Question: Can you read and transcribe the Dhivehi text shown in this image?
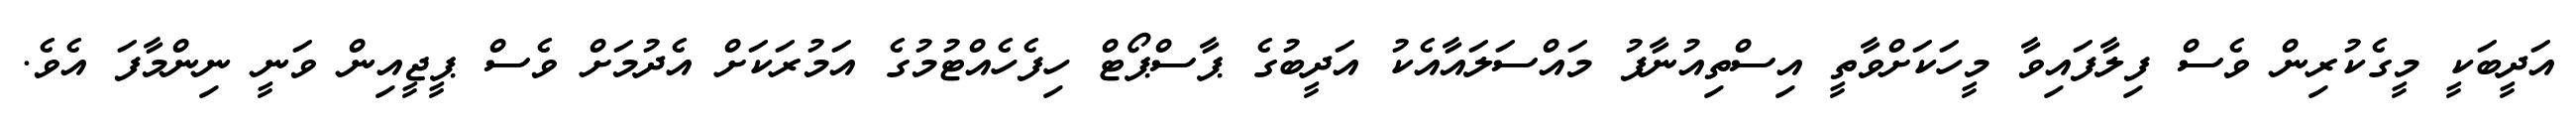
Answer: އަދީބަކީ މީގެކުރިން ވެސް ފިލާފައިވާ މީހަކަށްވާތީ އިސްތިއުނާފު މައްސަލައާއެކު އަދީބުގެ ޕާސްޕޯޓް ހިފެހެއްޓުމުގެ އަމުރަކަށް އެދުމަށް ވެސް ޕީޖީއިން ވަނީ ނިންމާފަ އެވެ.